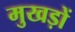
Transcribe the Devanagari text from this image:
मुखड़ों